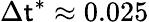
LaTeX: \Delta\mathsf{t}^{*}\approx0.025